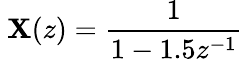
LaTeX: \ \mathbf{X}(z)={\frac{{1}}{{1-1.5z^{-1}}}}